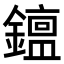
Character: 𨬧